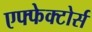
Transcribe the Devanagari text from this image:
एफ्फेक्टोर्स